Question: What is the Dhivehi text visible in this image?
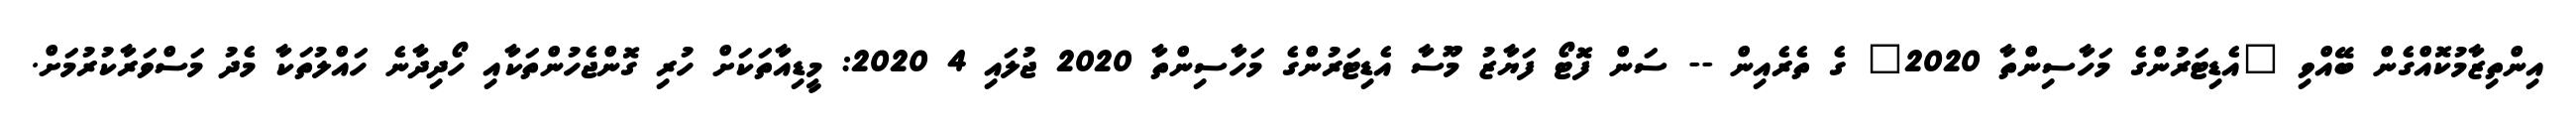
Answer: އިންތިޒާމުކޮއްގެން ބޭއްވި "އެޑިޓަރުންގެ މަހާސިންތާ 2020" ގެ ތެރެއިން -- ސަން ފޮޓޯ ފަޔާޒު މޫސާ އެޑިޓަރުންގެ މަހާސިންތާ 2020 ޖުލައި 4 2020: މީޑިއާތަކަށް ހުރި ގޮންޖެހުންތަކާއި ހޯދިދާނެ ހައްލުތަކާ މެދު މަސްވަރާކުރުމަށް.